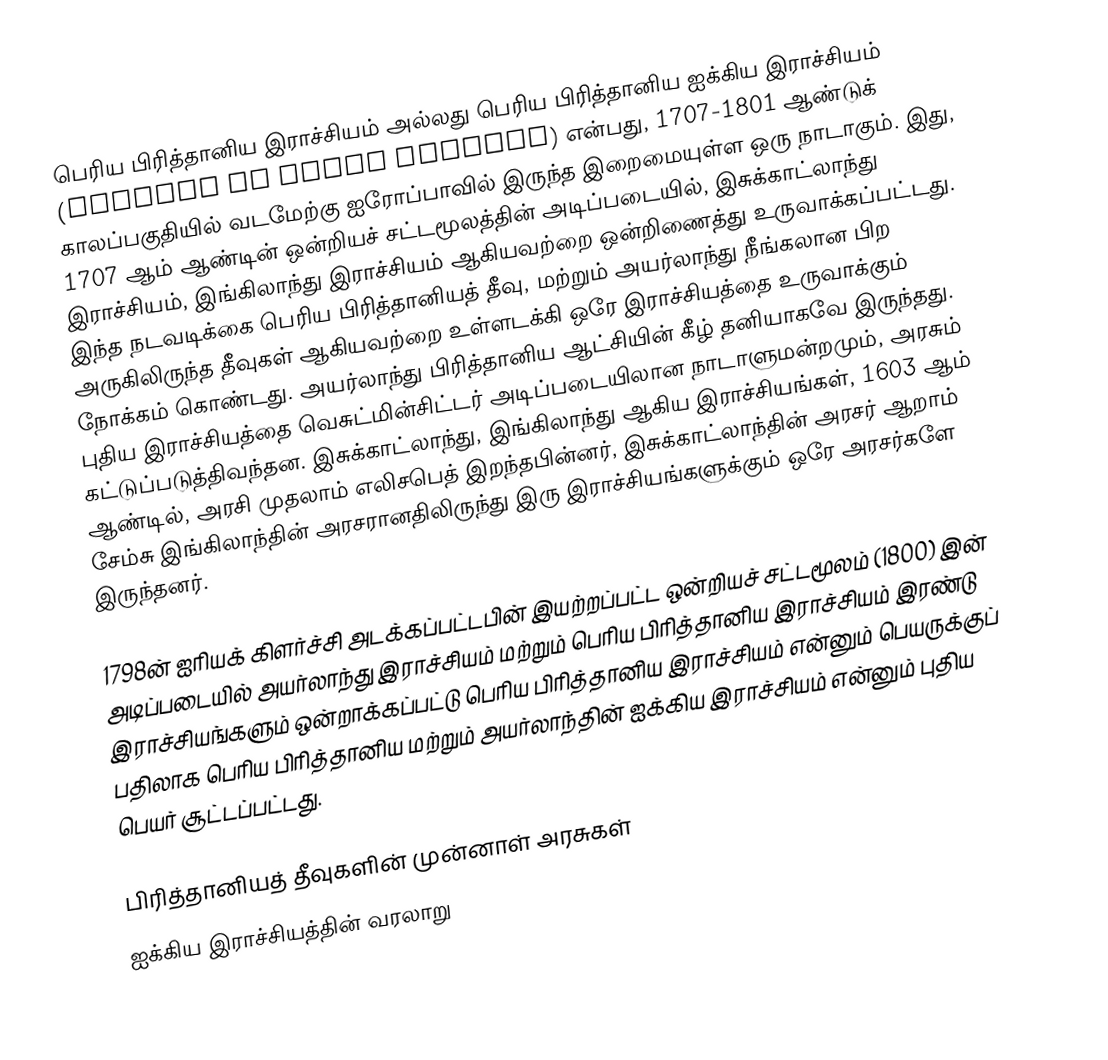
பெரிய பிரித்தானிய இராச்சியம் அல்லது பெரிய பிரித்தானிய ஐக்கிய இராச்சியம் (Kingdom of Great Britain) என்பது, 1707-1801 ஆண்டுக் காலப்பகுதியில் வடமேற்கு ஐரோப்பாவில் இருந்த இறைமையுள்ள ஒரு நாடாகும். இது, 1707 ஆம் ஆண்டின் ஒன்றியச் சட்டமூலத்தின் அடிப்படையில், இசுக்காட்லாந்து இராச்சியம், இங்கிலாந்து இராச்சியம் ஆகியவற்றை ஒன்றிணைத்து உருவாக்கப்பட்டது. இந்த நடவடிக்கை பெரிய பிரித்தானியத் தீவு, மற்றும் அயர்லாந்து நீங்கலான பிற அருகிலிருந்த தீவுகள் ஆகியவற்றை உள்ளடக்கி ஒரே இராச்சியத்தை உருவாக்கும் நோக்கம் கொண்டது. அயர்லாந்து பிரித்தானிய ஆட்சியின் கீழ் தனியாகவே இருந்தது. புதிய இராச்சியத்தை வெசுட்மின்சிட்டர் அடிப்படையிலான நாடாளுமன்றமும், அரசும் கட்டுப்படுத்திவந்தன. இசுக்காட்லாந்து, இங்கிலாந்து ஆகிய இராச்சியங்கள், 1603 ஆம் ஆண்டில், அரசி முதலாம் எலிசபெத் இறந்தபின்னர், இசுக்காட்லாந்தின் அரசர் ஆறாம் சேம்சு இங்கிலாந்தின் அரசரானதிலிருந்து இரு இராச்சியங்களுக்கும் ஒரே அரசர்களே இருந்தனர்.

1798ன் ஐரியக் கிளர்ச்சி அடக்கப்பட்டபின் இயற்றப்பட்ட ஒன்றியச் சட்டமூலம் (1800) இன் அடிப்படையில் அயர்லாந்து இராச்சியம் மற்றும் பெரிய பிரித்தானிய இராச்சியம் இரண்டு இராச்சியங்களும் ஒன்றாக்கப்பட்டு பெரிய பிரித்தானிய இராச்சியம் என்னும் பெயருக்குப் பதிலாக பெரிய பிரித்தானிய மற்றும் அயர்லாந்தின் ஐக்கிய இராச்சியம் என்னும் புதிய பெயர் சூட்டப்பட்டது.

பிரித்தானியத் தீவுகளின் முன்னாள் அரசுகள்
ஐக்கிய இராச்சியத்தின் வரலாறு